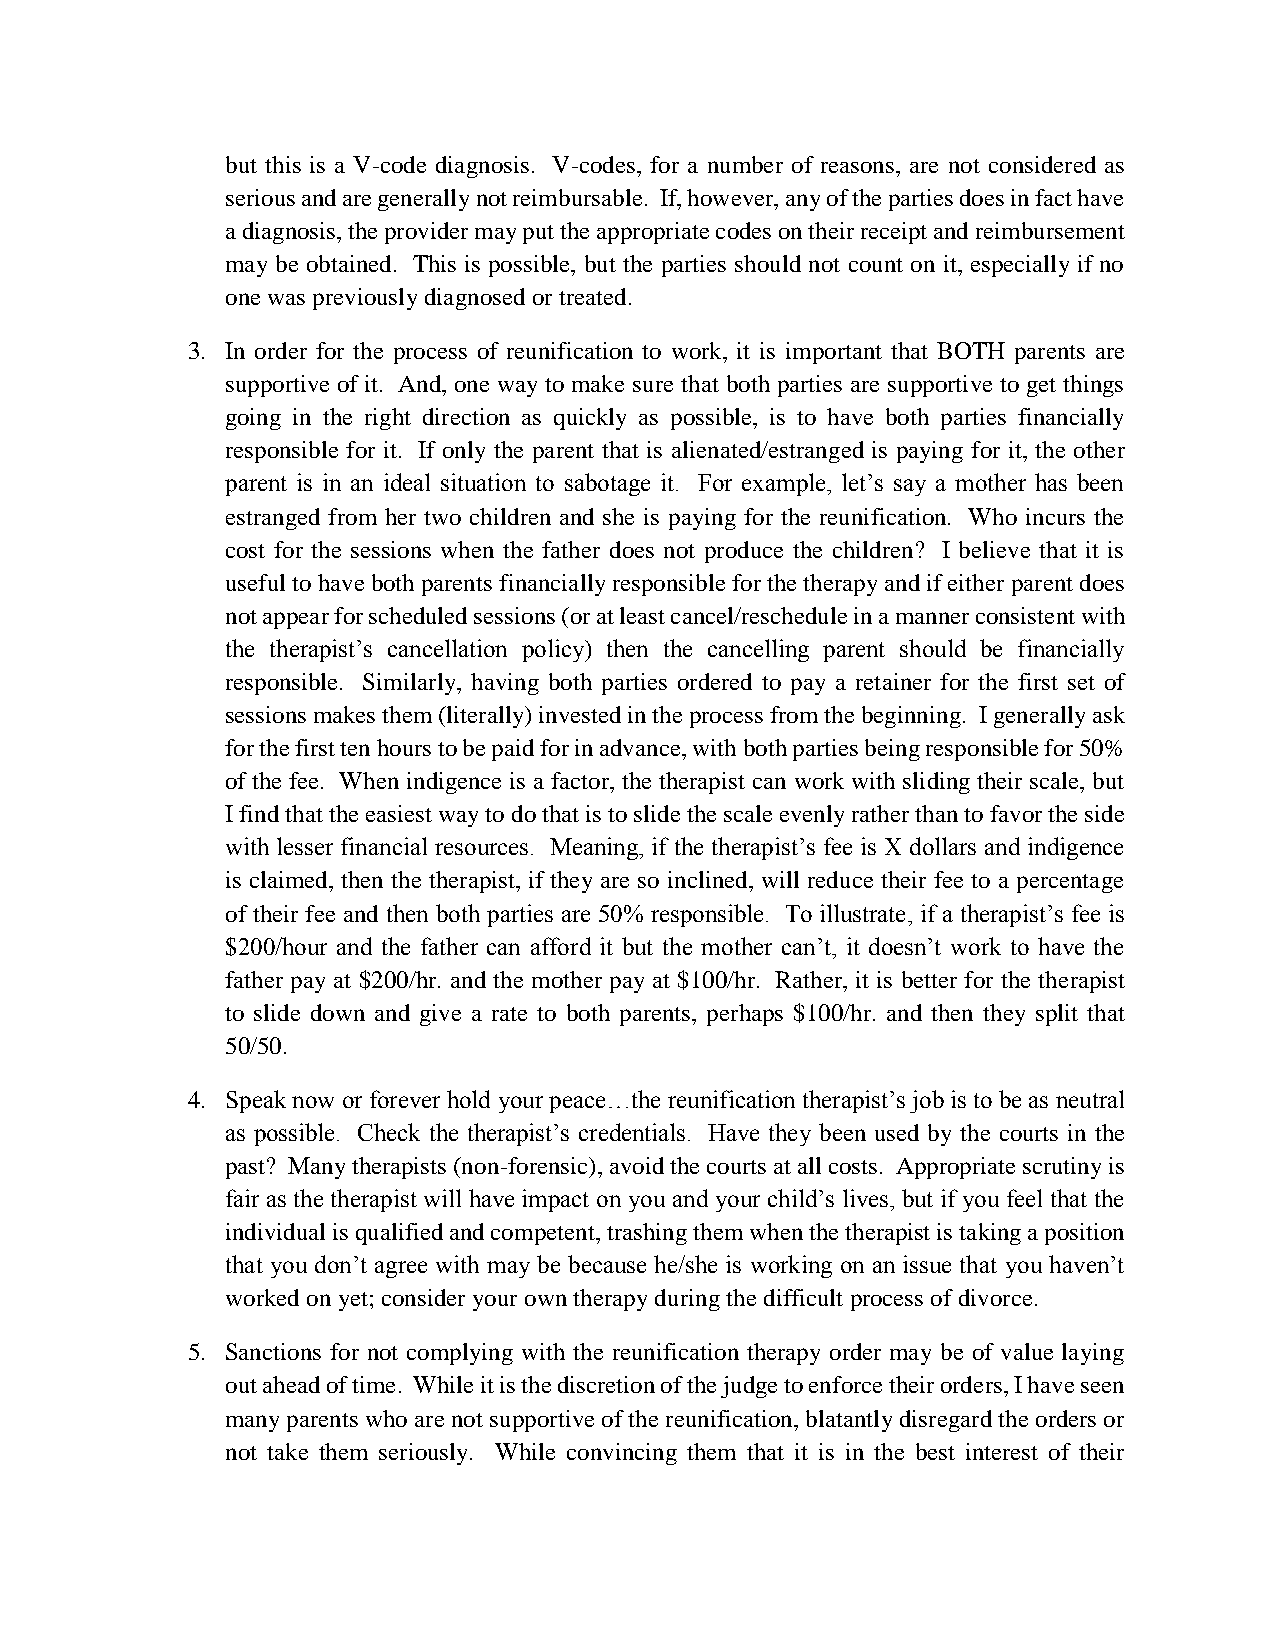
but this is a V-code diagnosis. V-codes, for a number of reasons, are not considered as
 serious and are generally not reimbursable. If, however, any of the parties does in fact have
 a diagnosis, the provider may put the appropriate codes on their receipt and reimbursement
 may be obtained. This is possible, but the parties should not count on it, especially if no
 one was previously diagnosed or treated.
 3. In order for the process of reunification to work, it is important that BOTH parents are
 supportive of it. And, one way to make sure that both parties are supportive to get things
 going in the right direction as quickly as possible, is to have both parties financially
 responsible for it. If only the parent that is alienated/estranged is paying for it, the other
 parent is in an ideal situation to sabotage it. For example, let’s say a mother has been
 estranged from her two children and she is paying for the reunification. Who incurs the
 cost for the sessions when the father does not produce the children? I believe that it is
 useful to have both parents financially responsible for the therapy and if either parent does
 not appear for scheduled sessions (or at least cancel/reschedule in a manner consistent with
 the therapist’s cancellation policy) then the cancelling parent should be financially
 responsible. Similarly, having both parties ordered to pay a retainer for the first set of
 sessions makes them (literally) invested in the process from the beginning. I generally ask
 for the first ten hours to be paid for in advance, with both parties being responsible for 50%
 of the fee. When indigence is a factor, the therapist can work with sliding their scale, but
 I find that the easiest way to do that is to slide the scale evenly rather than to favor the side
 with lesser financial resources. Meaning, if the therapist’s fee is X dollars and indigence
 is claimed, then the therapist, if they are so inclined, will reduce their fee to a percentage
 of their fee and then both parties are 50% responsible. To illustrate, if a therapist’s fee is
 $200/hour and the father can afford it but the mother can’t, it doesn’t work to have the
 father pay at $200/hr. and the mother pay at $100/hr. Rather, it is better for the therapist
 to slide down and give a rate to both parents, perhaps $100/hr. and then they split that
 50/50.
 4. Speak now or forever hold your peace…the reunification therapist’s job is to be as neutral
 as possible. Check the therapist’s credentials. Have they been used by the courts in the
 past? Many therapists (non-forensic), avoid the courts at all costs. Appropriate scrutiny is
 fair as the therapist will have impact on you and your child’s lives, but if you feel that the
 individual is qualified and competent, trashing them when the therapist is taking a position
 that you don’t agree with may be because he/she is working on an issue that you haven’t
 worked on yet; consider your own therapy during the difficult process of divorce.
 5. Sanctions for not complying with the reunification therapy order may be of value laying
 out ahead of time. While it is the discretion of the judge to enforce their orders, I have seen
 many parents who are not supportive of the reunification, blatantly disregard the orders or
 not take them seriously. While convincing them that it is in the best interest of their